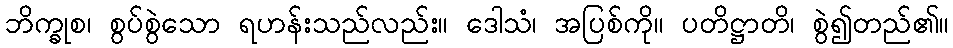
ဘိက္ခုစ၊ စွပ်စွဲသော ရဟန်းသည်လည်း။ ဒေါသံ၊ အပြစ်ကို။ ပတိဋ္ဌာတိ၊ စွဲ၍တည်၏။